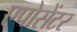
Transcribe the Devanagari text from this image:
एपोसेंटर